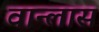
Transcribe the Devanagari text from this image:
वान्लास